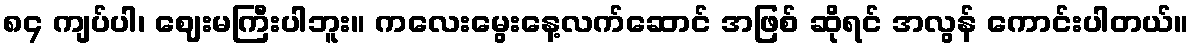
၈၄ ကျပ်ပါ၊ ဈေးမကြီးပါဘူး။ ကလေးမွေးနေ့လက်ဆောင် အဖြစ် ဆိုရင် အလွန် ကောင်းပါတယ်။